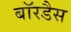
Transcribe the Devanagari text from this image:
बॉरडैस